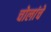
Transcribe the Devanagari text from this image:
चोलांचे